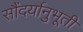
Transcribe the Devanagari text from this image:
सौंदर्यानुभूती